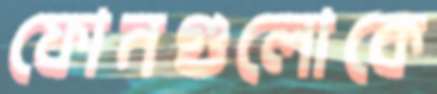
ফোনগুলোকে